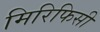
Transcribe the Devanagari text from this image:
मिरिफिसी